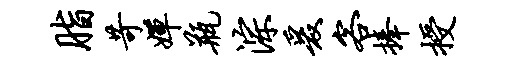
脂苛婵瓶淙爰客捧授